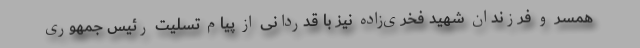
همسر و فرزندان شهید فخری‌زاده نیز با قدردانی از پیام تسلیت رئیس جمهوری